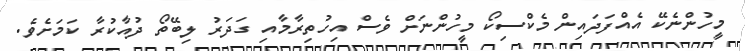
މީހުންނެކޭ އެއްފަދައިން މެކްސިކޯ މީހުންނަށް ވެސް އިހުތިރާމާއި ގަދަރު ލިބޭތޯ ދުއާކުރާ ކަމަށެވެ.